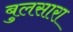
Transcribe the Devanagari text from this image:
बुलसारा